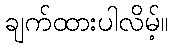
ချက်ထားပါလိမ့်။